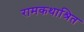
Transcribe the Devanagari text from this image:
रामकथाश्रित